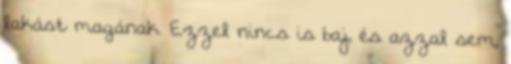
lakást magának. Ezzel nincs is baj, és azzal sem,